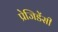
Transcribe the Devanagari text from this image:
प्रेजिडेंसी